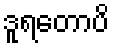
ဒူရတောပိ